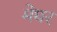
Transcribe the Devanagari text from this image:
मेघर